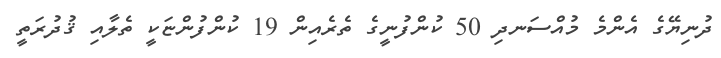
ދުނިޔޭގެ އެންމެ މުއްސަނދި 50 ކުންފުނީގެ ތެރެއިން 19 ކުންފުންޏަކީ ތެލާއި ޤުދުރަތީ